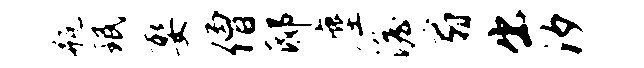
瓶珉娶僧邸麈澹扇出汐